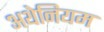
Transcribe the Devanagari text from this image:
अथेनियम